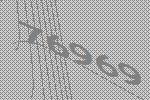
76969